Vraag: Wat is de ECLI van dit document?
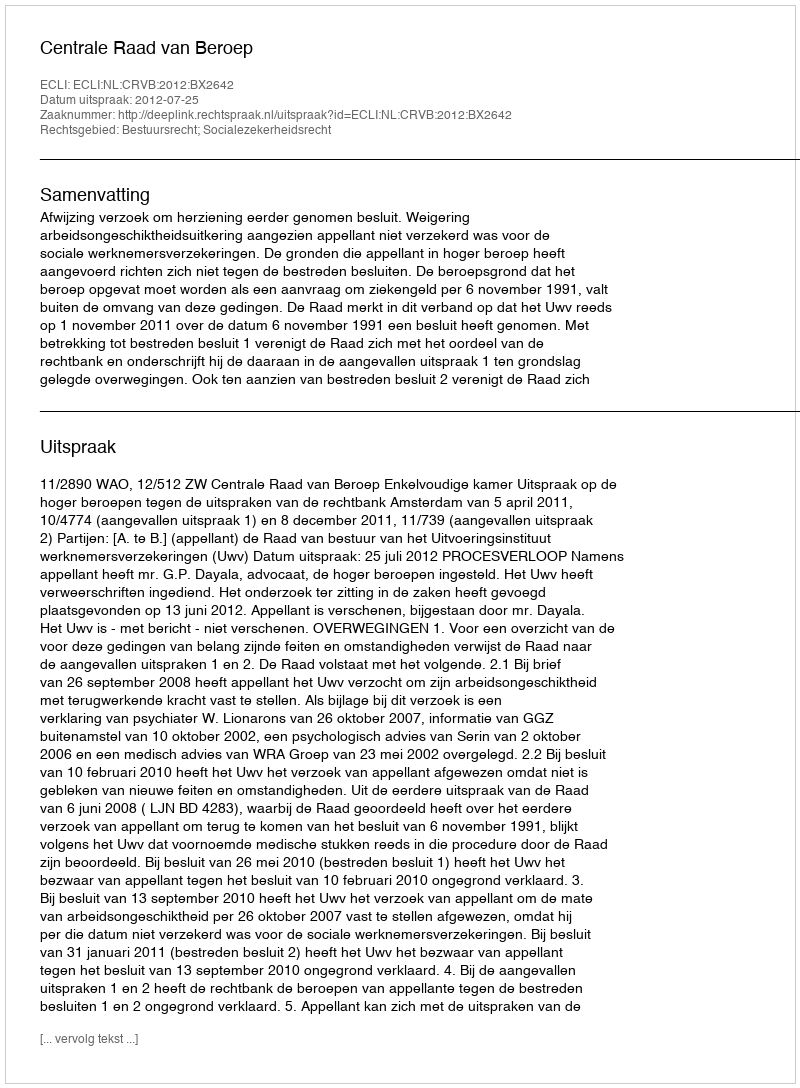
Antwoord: ECLI:NL:CRVB:2012:BX2642